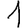
Digit: 1